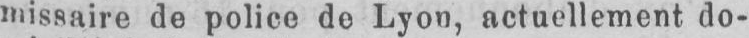
missaire de police de Lyon, actuellement do-